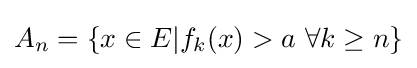
A_{n}=\{x\in E|f_{k}(x)>a~\forall k\geq n\}